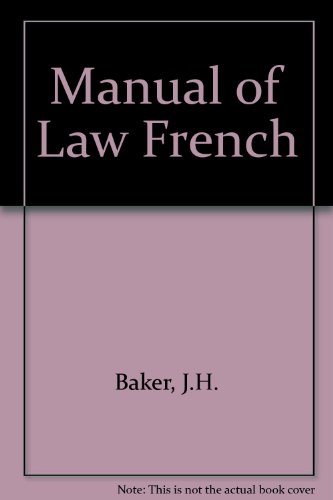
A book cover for Manual of Law French; J. H. Baker; Law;